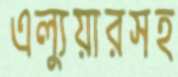
এল্যুয়ারসহ